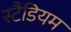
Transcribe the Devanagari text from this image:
स्टैडियम